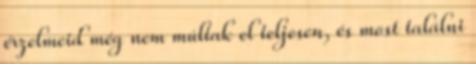
érzelmeid még nem múltak el teljesen, és most találni